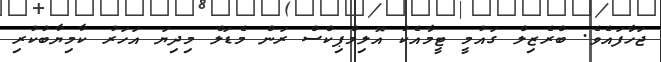
ޖަހާފައެވެ. ބްރެޒިލް ގައުމީ ޓީމާއެކު އޮލިމްޕިކްސް ރަން މެޑަލް މިދިޔަ އަހަރު ކާމިޔާބުކުރި